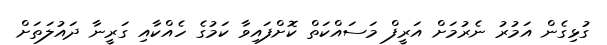
ގުޅިގެން އަމުރު ނެރުމަށް އަރީފް މަސައްކަތް ކޮށްފައިވާ ކަމުގެ ހެއްކާއި ގަރީނާ ދައުލަތަށް